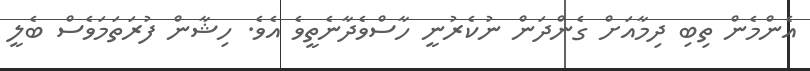
އެންމެން ތިބި ދިމާއަށް ގެންދަން ނުކެރުނީ ހާސްވެދާނެތީވެ އެވެ. ހިޝާން ފުރަތަމަވެސް ބެލީ